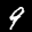
Label: 9